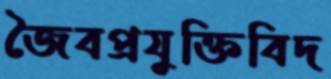
জৈবপ্রযুক্তিবিদ